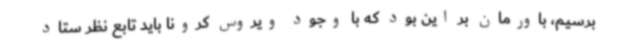
برسیم، باورمان بر این بود که با وجود ویروس کرونا باید تابع نظر ستاد